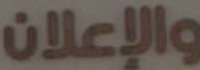
والإعلان